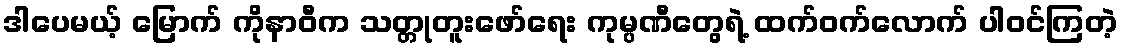
ဒါပေမယ့် မြောက် ကိုနာဝီက သတ္တုတူးဖော်ရေး ကုမ္ပဏီတွေရဲ့ ထက်ဝက်လောက် ပါဝင်ကြတဲ့